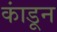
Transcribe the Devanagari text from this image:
कांडून